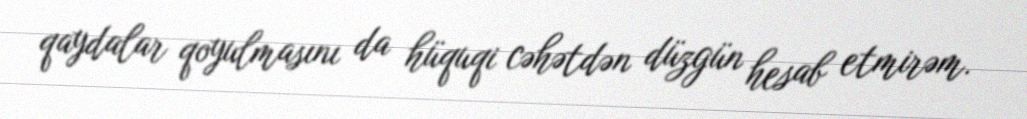
qaydalar qoyulmasını da hüquqi cəhətdən düzgün hesab etmirəm.